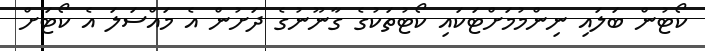
ކޯޓުން ބަލައި ނިންމުމަށްޓަކައި ކޯޓުތަކުގެ ގާނޫނުގެ ދަށުން އެ މައްސަލަ އެ ކޯޓަށް